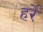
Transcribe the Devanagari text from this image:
हर्रे